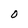
Character: O